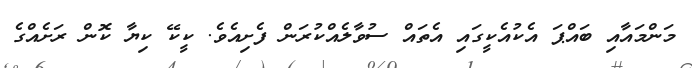
މަންމައާއި ބައްޕަ އެކުއެކީގައި އެތައް ސުވާލެއްކުރަން ފެށިއެވެ. ކީކޭ ކިޔާ ކޮން ރަށެއްގެ